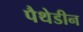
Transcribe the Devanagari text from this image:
पैथेडीन